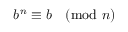
b ^ { n } \equiv b { \pmod { n } }